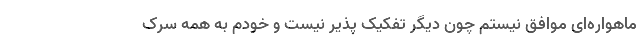
ماهواره‌ای موافق نیستم چون دیگر تفکیک پذیر نیست و خودم به همه سرک